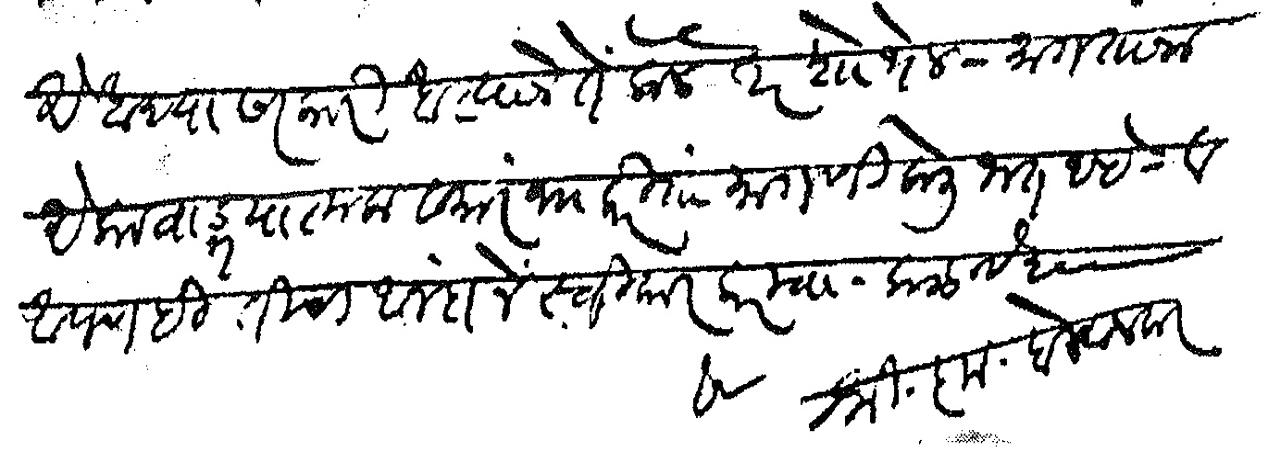
Transliteration (Devanagari): एखाद्या सरकारी खात्याने ते केले तर शोभेल मागताना एका वाङमयात्मक समारंभाकरिता मागणी केली जात आहे व आपणही तिचा आनंदाने स्वीकार करावा कळावे हे श्री कृ बेलवलकर